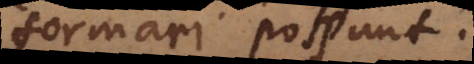
formari possunt.